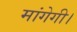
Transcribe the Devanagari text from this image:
मांगेगी।